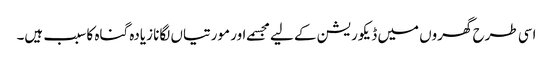
اسی طرح گھروں میں ڈیکوریشن کے لیے مجسمے اور مورتیاں لگانا زیادہ گناہ کا سبب ہیں۔